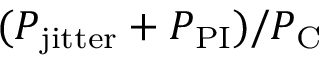
( P _ { \mathrm { j i t t e r } } + P _ { \mathrm { P I } } ) / P _ { \mathrm { C } }